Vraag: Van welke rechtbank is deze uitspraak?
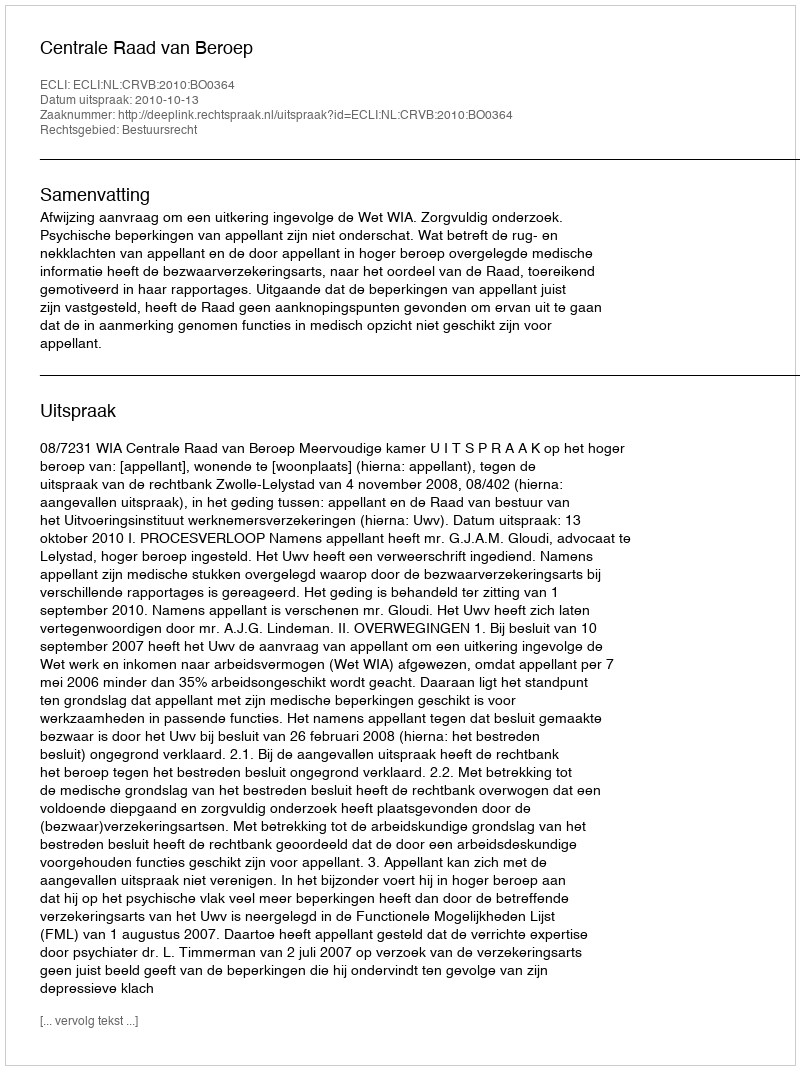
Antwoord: Centrale Raad van Beroep